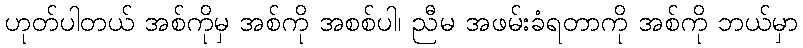
ဟုတ်ပါတယ် အစ်ကိုမှ အစ်ကို အစစ်ပါ၊ ညီမ အဖမ်းခံရတာကို အစ်ကို ဘယ်မှာ